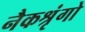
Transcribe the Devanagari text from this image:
नैकश्रृंगो